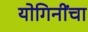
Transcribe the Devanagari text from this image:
योगिनींचा